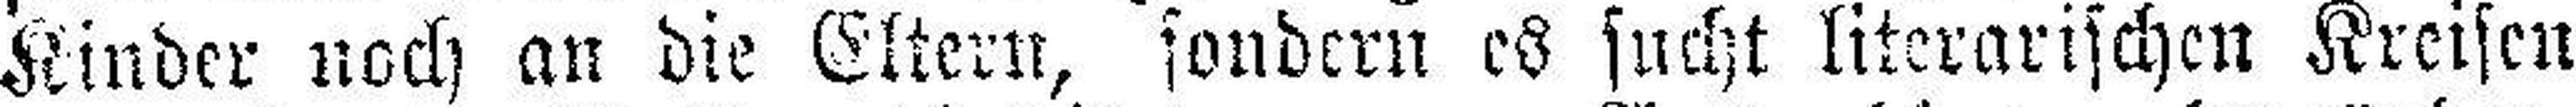
Kinder noch an die Eltern, sondern es sucht literarischen Kreisen